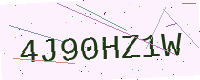
Text: 4J90HZ1W